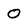
Character: O